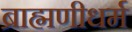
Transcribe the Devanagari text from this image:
ब्राह्मणीधर्म